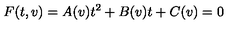
F ( t , v ) = A ( v ) t ^ { 2 } + B ( v ) t + C ( v ) = 0